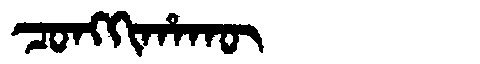
Manchu: ᠴᠣᠩᡴᡳᡥᠠᡴᡡ
Romanization: CONGKIHAKŪ